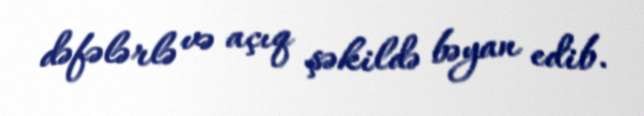
dəfələrlə və açıq şəkildə bəyan edib.